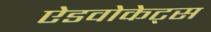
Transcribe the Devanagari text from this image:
ऐडवोकेट्स